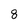
Character: 8